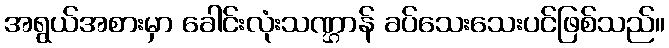
အရွယ်အစားမှာ ခေါင်းလုံးသဏ္ဌာန် ခပ်သေးသေးပင်ဖြစ်သည်။